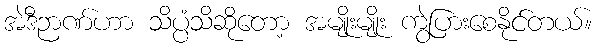
အဲဒီဉာဏ်ဟာ သိပ္ပံသိဆိုတော့ အမျိုးမျိုး ကွဲပြားစေနိုင်တယ်။